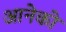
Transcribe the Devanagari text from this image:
आनेको